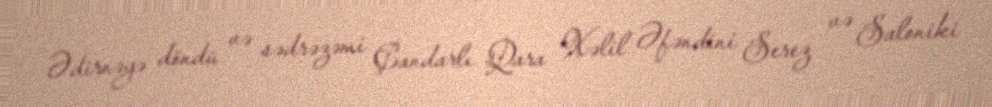
Ədirnəyə döndü və sədrəzəmi Çandarlı Qara Xəlil Əfəndini Serez və Saloniki